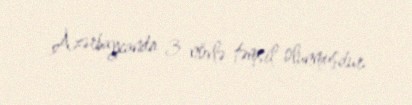
Azərbaycanda 3 növlə təmsil olunmuşdur.